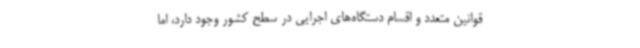
قوانین متعدد و اقسام دستگاه‌های اجرایی در سطح کشور وجود دارد، اما